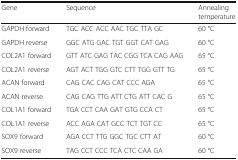
| Gene | Sequence | Annealing temperature |
 | --- | --- | --- |
 | GAPDH forward | TGC ACC ACC AAC TGC TTA GC | 60 °C |
 | GAPDH reverse | GGC ATG GAC TGT GGT CAT GAG | 60 °C |
 | COL2A1 forward | GTT ATC GAG TAC CGG TCA CAG AAG | 65 °C |
 | COL2A1 reverse | AGT ACT TGG GTC CTT TGG GTT TG | 65 °C |
 | ACAN forward | CAG CAC CAG CAT CCC AGA | 65 °C |
 | ACAN reverse | CAG CAG TTG ATT CTG ATT CAC G | 65 °C |
 | COL1A1 forward | TGA CCT CAA GAT GTG CCA CT | 65 °C |
 | COL1A1 reverse | ACC AGA CAT GCC TCT TGT CC | 65 °C |
 | SOX9 forward | AGA CCT TTG GGC TGC CTT AT | 60 °C |
 | SOX9 reverse | TAG CCT CCC TCA CTC CAA GA | 60 °C |